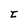
Character: t